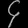
Digit: ၄